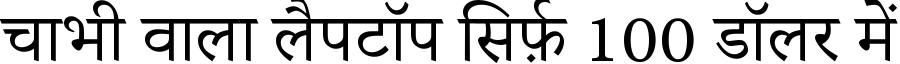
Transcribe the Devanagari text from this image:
चाभी वाला लैपटॉप सिर्फ़ 100 डॉलर में